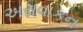
અરાવાકન